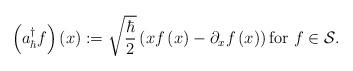
LaTeX: \begin{align*}\left( a_{\hbar}^{\dag}f\right) \left( x\right) :=\sqrt{\frac{\hbar}{2}}\left( xf\left( x\right) -\partial_{x}f\left( x\right) \right) \text{for }f\in\mathcal{S}. \end{align*}